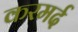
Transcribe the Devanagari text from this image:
करमर्द